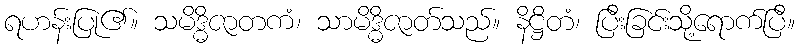
ရဟန်းပြု၏။ သမိဒ္ဓိဇာတကံ၊ သာမိဒ္ဓိဇာတ်သည်။ နိဋ္ဌိတံ၊ ပြီးခြင်းသို့ရောက်ပြီ။